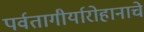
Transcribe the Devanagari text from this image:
पर्वतागीर्यारोहानाचे